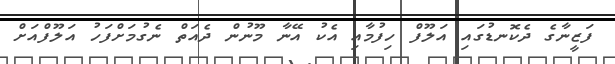
ފަޒީނާގެ ދެކޮނޑުގައި އަލޫފް ހިފުމާއި އެކު އޭނާ މޫނުން ދެއަތް ނެގުމަށްފަހު އަލޫފްއަށް